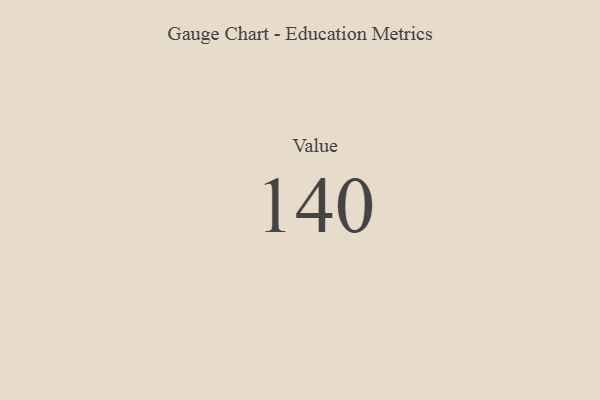
{"axis": {"x": "Metric", "y": "Value"}, "legend": [""], "data": [{"x": "Value", "y": 140, "type": ""}]}